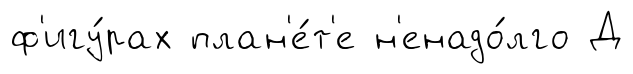
ф'игу́рах план'е́т'е н'енадо́лго Д